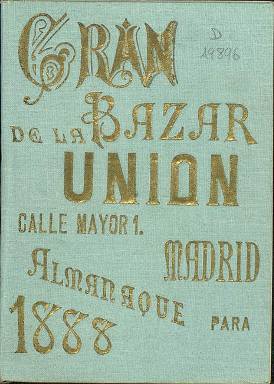
Título: Almanaque del Gran Bazar de la Unión
Otros títulos: Gran Bazar de la Unión || Almanaque de El Cascabel y del Gran Bazar de la Unión
Colección: Almanaques
Ámbito geográfico: Madrid
Lugar de publicación: Madrid
Fechas: 01/01/1888-31/12/1888

Esta publicación es un valioso testimonio de la vida cotidiana en el Madrid del siglo XIX. La BNE solo posee un número de la misma y debió haber muchos más dada la longevidad del Gran Bazar de la Unión, antecedente de nuestros grandes centros comerciales. El establecimiento, situado en la planta baja del edificio de la calle Mayor 1, en la Puerta del Sol, estuvo abierto durante 90 años, cerrando en 1958 para dar paso al primer restaurante autoservicio de Madrid.

   El almanaque, que corresponde al año bisiesto de 1888, cuenta con más de 50 páginas y se inicia con una introducción en la que muestra el éxito de público que obtiene en todos sus productos a la venta por sus bajos precios: ‘Desde el humilde obrero hasta la más encopetada dama y el más opulento banquero, todas las diferentes clases sociales nos distinguen con señaladas muestras de afecto y simpatía…’.

  Prueba de su popularidad en el Madrid de la época es que el Bazar aparece en algunas novelas de Benito Pérez Galdós, como Fortunata y Jacinta. Y era el lugar elegido por los niños para elegir los juguetes que iban a pedirles a los Reyes Magos.

  También se explica en las páginas preliminares del almanaque que los almacenes del Bazar se abastecen de productos de los más importantes emporios comerciales y dice tener agentes en Berlín, Hamburgo, Viena, Londres, New York y otras ciudades extranjeras y españolas. Curiosamente no cita París.

  Tras la introducción se pasa a relacionar las distintas secciones con una breve descripción de cada una: Perfumería, Bisutería, Artículos de Piel, Cepillería, Juguetes Ordinarios, Batería de Cocina y Porcelana, Metal Blanco, Efectos de Escritorio. Artículos de Viaje y de Caza, Juguetes Finos, Objetos de Bronce y de Arte, Paraguas y Abanicos, Muebles y por último una sección de Saldos.

  Una de las características de la venta de los productos es que estos tenían precio fijo y no se regateaba, algo que entonces era una novedad.

  Después venía el calendario del año propiamente dicho con su santoral, que iba precedido de páginas que eran habituales en una sociedad en la que la religión cristiana y la Iglesia católica lo impregnaba casi todo, temas como las épocas célebres, las fiestas movibles, témporas, días de ánima, letanías. Es curioso ver cómo a la altura de 1888, cuando la ciencia empezaba a hablar ya de millones de años para la edad de la Tierra, el calendario seguía dando la edad bíblica de 6.000 años.

  Tras el calendario, figuran otros datos que reflejan las costumbres del momento, como las tarifas que cobraban los coches de caballos por las carreras, antecedente de los taxis. Se cobraba más si eran dos caballos en vez de uno, en función del recorrido y de la hora, y había además servicios extraordinarios.

  Venías otras secciones como una relación de los edificios notables de Madrid y se cerraba el almanaque con la división en distritos de la ciudad y las campanadas que en caso de incendio había que dar en las iglesias en cada uno de ellos, diferenciándose los barrios de cada distrito por campanadas de sonido más fino.

   El Gran Bazar de la Unión estaba en los bajos de la llamada Casa Cordero, que reemplazó al convento de San Felipe el Real, en cuyas gradas ya se vendían todo tipo de mercancías. En el nuevo edificio se instaló en 1887 la primera central telefónica comercial de Madrid.

[Descripción publicada el 17/08/2022]